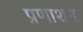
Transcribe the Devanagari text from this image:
प्रणाशन